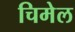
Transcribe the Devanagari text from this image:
चिमेल